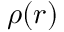
\rho ( r )